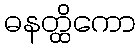
ဓနတ္ထိကော